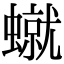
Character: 𧑙